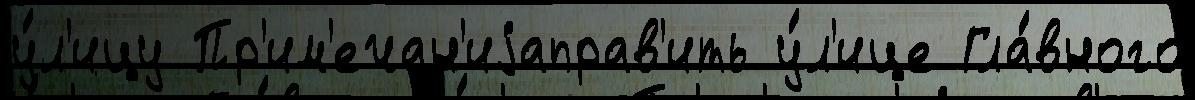
у́л'ицу Пр'им'ечан'иjаправ'ить у́л'ице Гла́вного